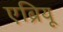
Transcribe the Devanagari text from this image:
एब्रियू